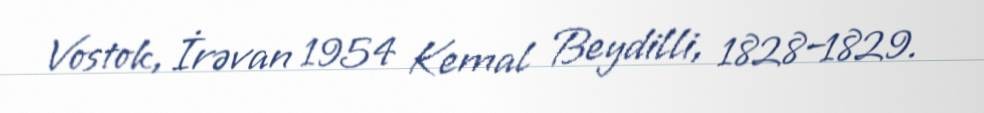
Vostok, İrəvan 1954 Kemal Beydilli, 1828–1829.